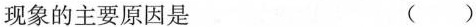
现象的主要原因是 ( )